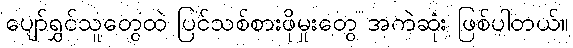
ပျော်ရွှင်သူတွေထဲ ပြင်သစ်စားဖိုမှုးတွေ အကဲဆုံး ဖြစ်ပါတယ်။